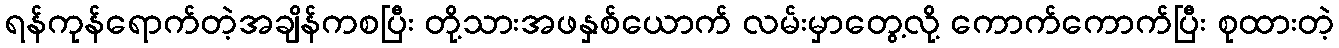
ရန်ကုန်ရောက်တဲ့အချိန်ကစပြီး တို့သားအဖနှစ်ယောက် လမ်းမှာတွေ့လို့ ကောက်ကောက်ပြီး စုထားတဲ့